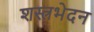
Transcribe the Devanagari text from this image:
शस्त्रभेदन